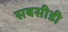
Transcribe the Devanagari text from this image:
सबसीडी